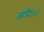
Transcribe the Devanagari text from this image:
आदि।।।।